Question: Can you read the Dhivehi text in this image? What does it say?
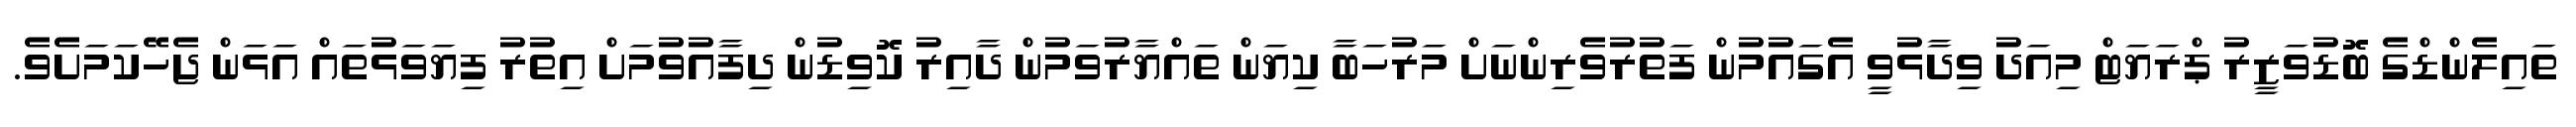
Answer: ތައިލެންޑްގެ ބޮޑުވަޒީރު ޕްރަޔަޓް މިއަދު ވިދާޅުވީ އެގައުމުން ފަތުރުވެރިންނަށް މަރުހަބާ ކިޔަން ތައްޔާރުވަމުން ދާއިރު ކޮވިޑުން ދިފާއުވުމަށް އިތުރު ފިޔަވަޅުތައް އަޅަން ޖެހޭކަމަށެވެ.